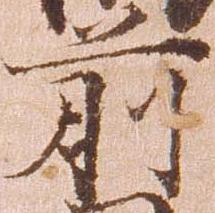
前